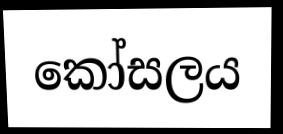
කෝසලය